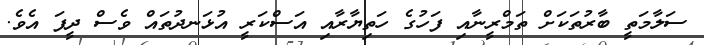
ސަލާމަތީ ބާރުތަކަށް ތަމްރީނާއި ފަހުގެ ހަތިޔާރާއި އަސްކަރީ އުޅަނދުތައް ވެސް ދީފަ އެވެ.